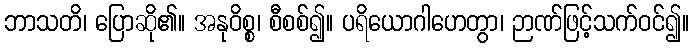
ဘာသတိ၊ ပြောဆို၏။ အနုဝိစ္စ၊ စီစစ်၍။ ပရိယောဂါဟေတွာ၊ ဉာဏ်ဖြင့်သက်ဝင်၍။